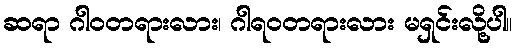
ဆရာ ဂါဝတရားလား၊ ဂါရဝတရားလား မရှင်းလို့ပါ။